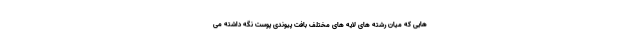
هایی که میان رشته های لایه های مختلف بافت پیوندی پوست نگه داشته می